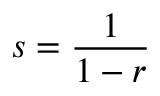
s = { \frac { 1 } { 1 - r } }